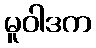
မူဝါဒက